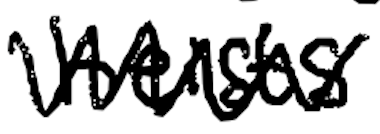
Text: heists
Cross-out: zig-zag
Writing tool: digital_black